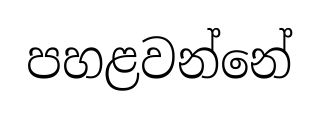
පහළවන්නේ